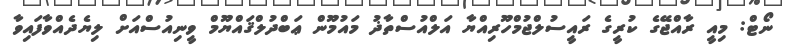
ނޯޓް: މިއީ ރާއްޖޭގެ ކުރީގެ ރައީސުލްޖުމްހޫރިއްޔާ އަލްއުސްތާޛު މައުމޫން ޢަބްދުލްޤައްޔޫމް ވީނިއުސްއަށް ލިޔެދެއްވާފައިވާ